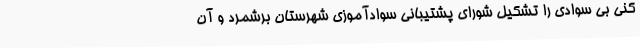
کنی بی سوادی را تشکیل شورای پشتیبانی سوادآموزی شهرستان برشمرد و آن